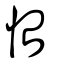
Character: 怡